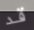
قد